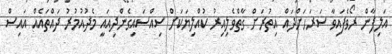
އަލިފާން ރޯވެފައިވާ ސަރަހަށްދައް އިތުރަށް ގާތްވެލިއިރު ކުއްލިޔަކަށް ސިއްސައިގެންދިއައީ މެދުއުމުރު ދައްތައެއް އައިސް